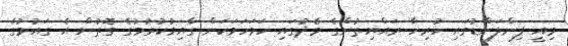
މިއީ ފިންލަންޑުގައި ހުރިހާ ރައްޔިތުންގެ މެދުގައި ހަމަހަމަކަން ގާއިމުކުރުމުގެ ގޮތުން އެ ގައުމުގެ